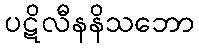
ပဋိလီနနိသဘော